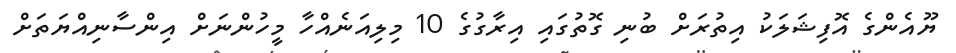
ޔޫއެންގެ އޮފިޝަލަކު އިތުރަށް ބުނި ގޮތުގައި އިރާގުގެ 10 މިލިއަނެއްހާ މީހުންނަށް އިންސާނިއްޔަތަށް